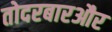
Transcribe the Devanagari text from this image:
तोदरबारऔर